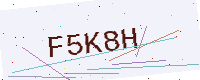
Text: F5K8H